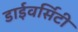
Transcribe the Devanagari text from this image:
डाईवर्सिटी